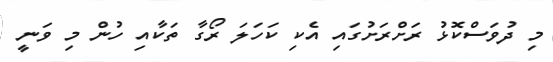
މި ދުވަސްކޮޅު ރަށްރަށުގައި އެކި ކަހަލަ ރޯގާ ތަކާއި ހުން މި ވަނީ